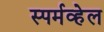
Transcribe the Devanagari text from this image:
स्पर्मव्हेल